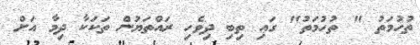
ތުހުމަތު " ތުހުމަތު" ގައި ތިބި ދިވެހި ރައްތަޔުން ތަކަކާ ދިމާ އަށް